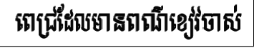
ពេជ្រដែលមានពណ៌ខៀវចាស់